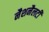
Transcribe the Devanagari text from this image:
नैशनैलटी